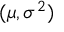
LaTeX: ( \mu , \sigma ^ { 2 } )